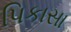
પિકાસા